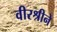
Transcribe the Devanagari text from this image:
वीरश्रीने